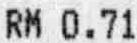
RM 0.71